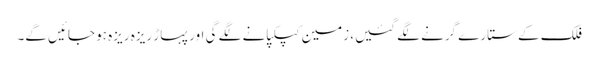
فلک کے ستارے گرنے لگے گئیں، زمین کپکپانے لگے گی اور پہاڑ ریزہ ریزہ ہو جائیں گے۔